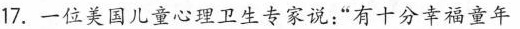
17.一位美国儿童心理卫生专家说：“有十分幸福童年